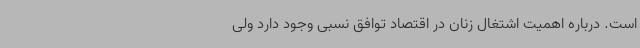
است. درباره اهمیت اشتغال زنان در اقتصاد توافق نسبی وجود دارد ولی